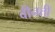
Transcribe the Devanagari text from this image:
वीनती